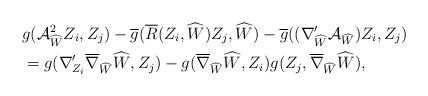
LaTeX: \begin{align*} &g(\mathcal{A}_{\widehat{W}}^{2}Z_{i},Z_{j})-\overline{g}(\overline{R}(Z_{i},\widehat{W})Z_{j}, \widehat{W})-\overline{g}((\nabla'_{\widehat{W}}\mathcal{A}_{\widehat{W}})Z_{i},Z_{j})\\ &=g(\nabla'_{Z_{i}}\overline{\nabla}_{\widehat{W}}\widehat{W},Z_{j})-g(\overline{\nabla}_{\widehat{W}}\widehat{W},Z_{i})g(Z_{j},\overline{\nabla}_{\widehat{W}}\widehat{W}),\end{align*}